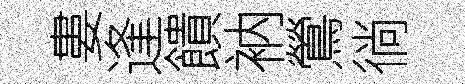
婁逢饋衲鶯徜